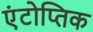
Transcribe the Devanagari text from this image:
एंटोप्तिक